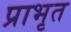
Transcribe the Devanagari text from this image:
प्राभृत